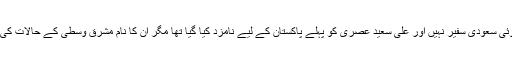
پاکستان میں آٹھ ماہ سے کوئی سعودی سفیر نہیں اور علی سعید عصری کو پہلے پاکستان کے لیے نامزد کیا گیا تھا مگر ان کا نام مشرق وسطیٰ کے حالات کی وجہ سے واپس لے لیا گیا۔